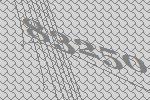
83250